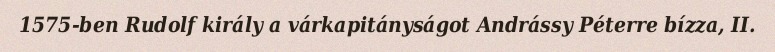
1575-ben Rudolf király a várkapitányságot Andrássy Péterre bízza, II.